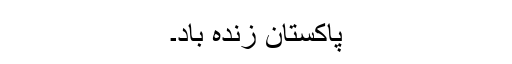
پاکستان زندہ باد۔